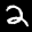
Label: 2